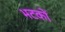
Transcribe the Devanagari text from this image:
भटकों